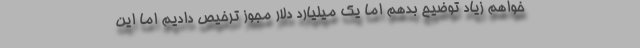
خواهم زیاد توضیح بدهم اما یک میلیارد دلار مجوز ترخیص دادیم اما این